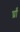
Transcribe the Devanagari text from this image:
र्घ्रां